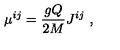
\mu ^ { i j } = { \frac { g Q } { 2 M } } J ^ { i j } \ ,